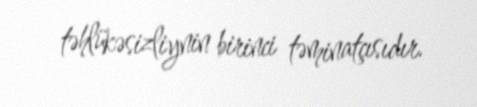
təhlükəsizliynin birinci təminatçısıdır.